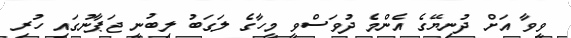
ވީވާ އަށް ދުނިޔޭގެ އެންމެ ދުވަސްވީ މީހާގެ ލަގަބު ލިބުނީ ޖަޕާނުގައި ހުރި